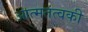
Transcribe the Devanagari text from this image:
आत्मतत्वकी